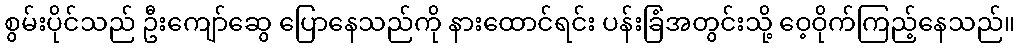
စွမ်းပိုင်သည် ဦးကျော်ဆွေ ပြောနေသည်ကို နားထောင်ရင်း ပန်းခြံအတွင်းသို့ ဝေ့ဝိုက်ကြည့်နေသည်။